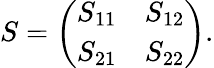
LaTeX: S=\left(\begin{array}{ll}{S_{11}}&{S_{12}}\\ {S_{21}}&{S_{22}}\end{array}\right).